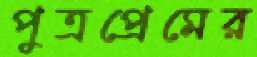
পুত্রপ্রেমের